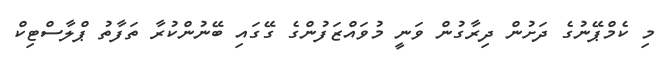
މި ކެމްޕޭނުގެ ދަށުން ދިރާގުން ވަނީ މުވައްޒަފުންގެ ގޭގައި ބޭނުންކުރާ ތަފާތު ޕްލާސްޓިކް